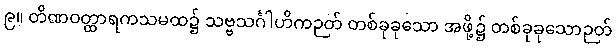
၉။ တိဏဝတ္ထာရကသမထ၌ သဗ္ဗသင်္ဂါဟိကဉတ် တစ်ခုခုသော အဖို့၌ တစ်ခုခုသောဉတ်